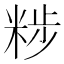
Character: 𥹴